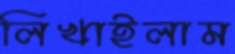
লিখাইলাম